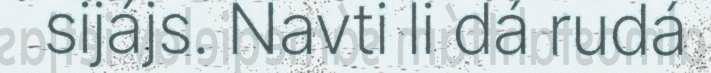
sijájs. Navti li dá rudá